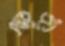
ছড়